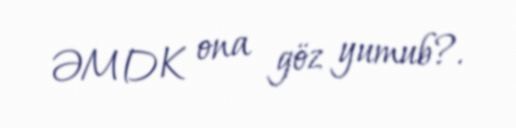
ƏMDK ona göz yumub?.